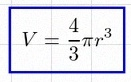
V=\frac43\pi r^3